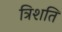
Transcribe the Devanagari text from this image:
त्रिशति